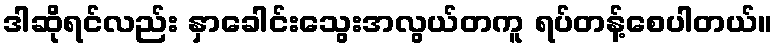
ဒါဆိုရင်လည်း နှာခေါင်းသွေးအလွယ်တကူ ရပ်တန့်စေပါတယ်။